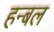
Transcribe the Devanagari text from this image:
हन्बल